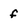
Character: f